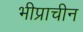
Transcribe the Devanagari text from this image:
भीप्राचीन